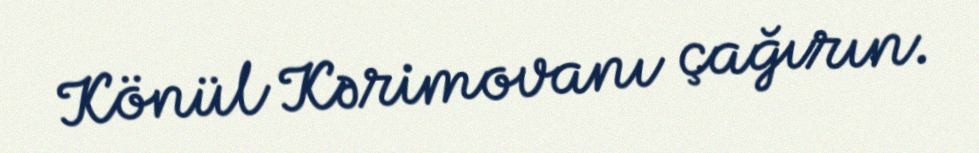
Könül Kərimovanı çağırın.